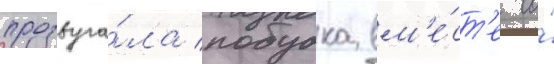
прозвуча́ла побудка вм'е́ст'е со́